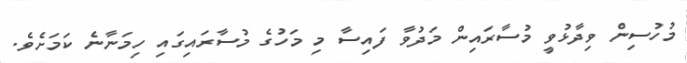
މުހުސިން ވިދާޅުވީ މުސާރައިން މަދުވާ ފައިސާ މި މަހުގެ މުސާރައިގައި ހިމަނާނެ ކަމަށެވެ.